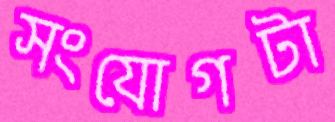
সংযোগটা